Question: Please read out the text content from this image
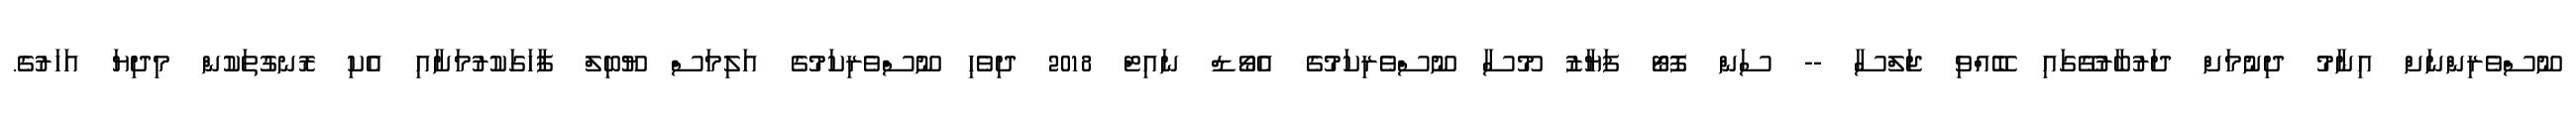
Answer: ނޫސްވެރިންނަށް އިނާމު ދިނުމަށް ދަރުބާރުގޭގައި ބޭއްވި ޖަލްސާ -- ސަން ފޮޓޯ ފަޔާޒު މޫސާ ނޫސްވެރިކަމުގެ އެވޯޑް ނައިޓް 2018 ދިވެހި ނޫސްވެރިކަމުގެ އަލިމަސް ޔޫބިލް ފާހަގަކުރުމަށާއި އެކި ރޮނގުތަކުން މިދިޔަ އަހަރުގެ.